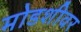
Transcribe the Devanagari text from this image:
मोडशीवर